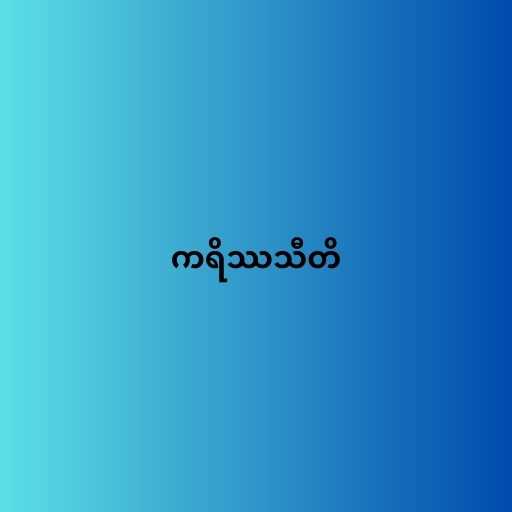
ကရိဿသီတိ